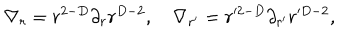
\nabla _ { r } = r ^ { 2 - D } \partial _ { r } r ^ { D - 2 } , \quad \nabla _ { r ^ { \prime } } = r ^ { \prime 2 - D } \partial _ { r ^ { \prime } } r ^ { \prime D - 2 } ,